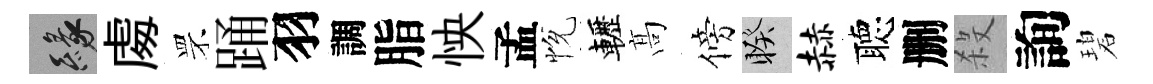
緣䖏罘踊羽調脂怏孟恱轣髙傍睽赫聴删殺詢碧